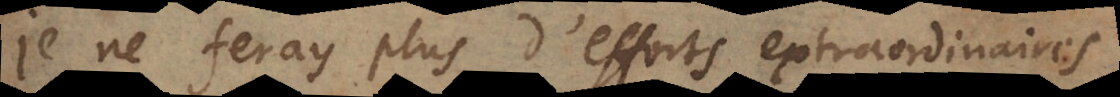
je ne feray plus d’efforts extraordinaires